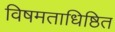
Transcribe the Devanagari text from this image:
विषमताधिष्ठित